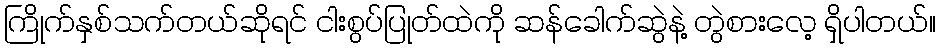
ကြိုက်နှစ်သက်တယ်ဆိုရင် ငါးစွပ်ပြုတ်ထဲကို ဆန်ခေါက်ဆွဲနဲ့ တွဲစားလေ့ ရှိပါတယ်။